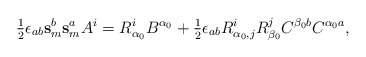
\begin{align*}\hbox{$\frac{1}{2}$} \epsilon_{ab} \mathbf{s}_m^b \mathbf{s}_m^a A^i = R^i_{\alpha_0} B^{\alpha_0} +\hbox{$\frac{1}{2}$} \epsilon_{ab} R^i_{\alpha_0, j} R^j_{\beta_0} C^{\beta_0 b} C^{\alpha_0 a},\end{align*}